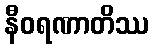
နီဝရဏာတိဿ